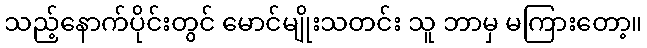
သည့်နောက်ပိုင်းတွင် မောင်မျိုးသတင်း သူ ဘာမှ မကြားတော့။